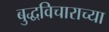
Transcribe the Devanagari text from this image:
बुद्धविचाराच्या